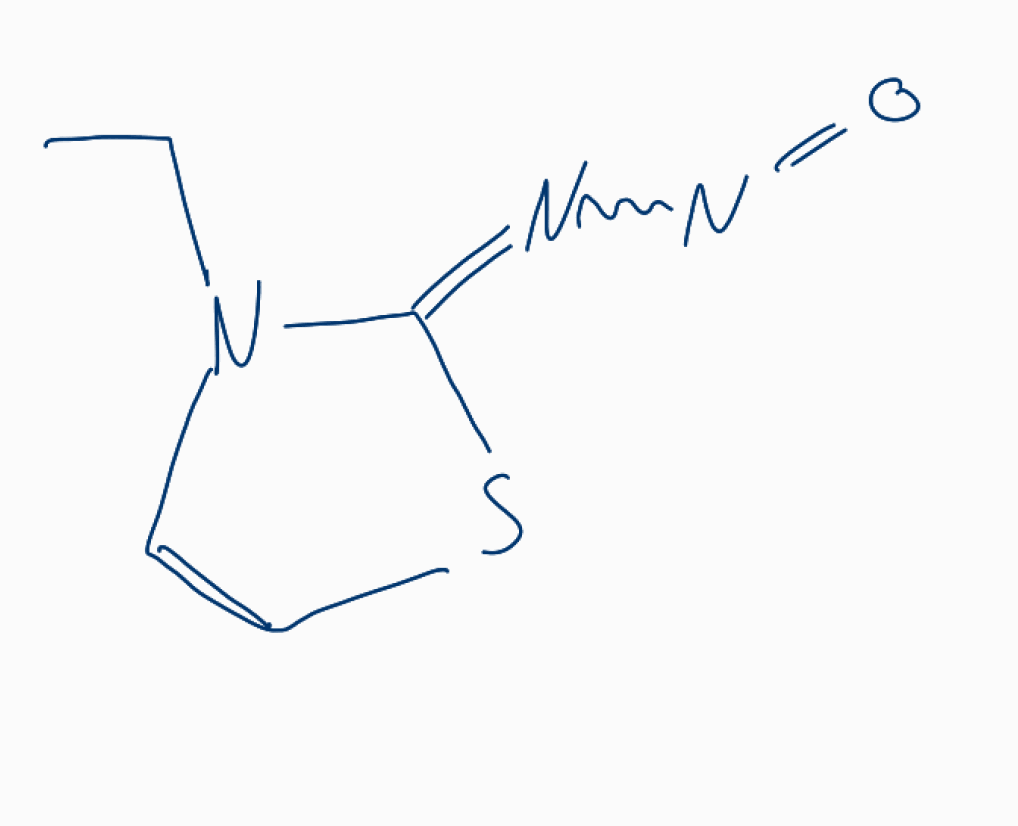
Simplified molecular-input line-entry system (SMILES) notation of the given molecule:
CCN\1C=CS/C1=N/N=O